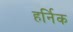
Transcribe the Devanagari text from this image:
हर्निक